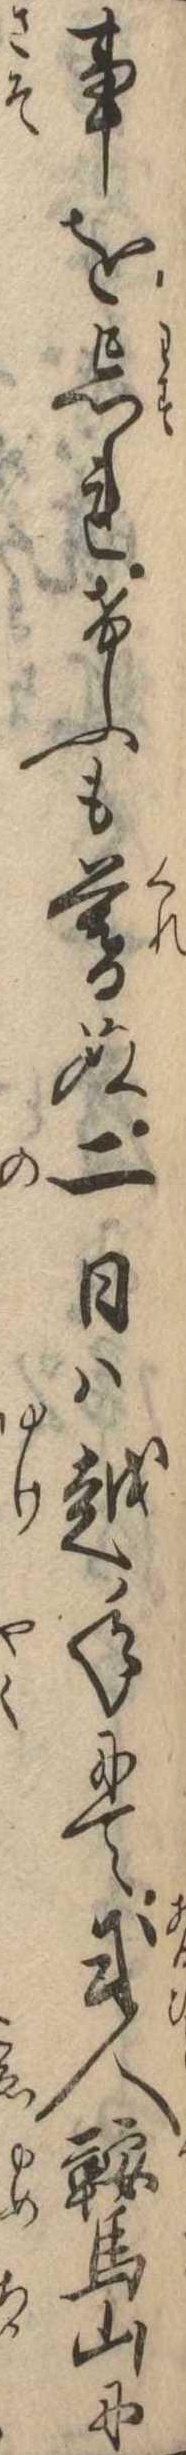
事を忘れけふも暮ぬ二日は越年にて或人鞍馬山に